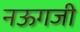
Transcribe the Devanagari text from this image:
नऊगजी